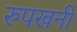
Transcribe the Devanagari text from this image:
रुपखनी